Leaving Certificate Examination (including Day School Certificate (Higher) General paper), 1938
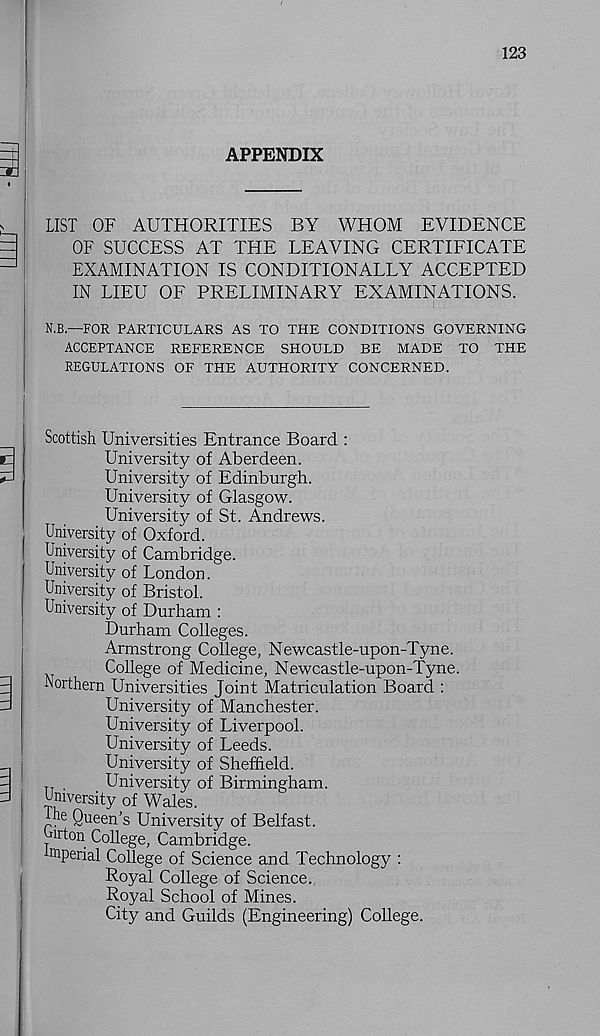
123
APPENDIX
LIST OF AUTHORITIES BY WHOM EVIDENCE
OF SUCCESS AT THE LEAVING CERTIFICATE
EXAMINATION IS CONDITIONALLY ACCEPTED
IN LIEU OF PRELIMINARY EXAMINATIONS.
N.B.—FOR PARTICULARS AS TO THE CONDITIONS GOVERNING
ACCEPTANCE REFERENCE SHOULD BE MADE TO THE
REGULATIONS OF THE AUTHORITY CONCERNED.
Scottish Universities Entrance Board :
University of Aberdeen.
University of Edinburgh.
University of Glasgow.
University of St. Andrews.
University of Oxford.
University of Cambridge.
University of London.
University of Bristol.
University of Durham :
Durham Colleges.
Armstrong College, Newcastle-upon-Tyne.
College of Medicine, Newcastle-upon-Tyne.
Northern Universities Joint Matriculation Board :
University of Manchester.
University of Liverpool.
University of Leeds.
University of Sheffield.
.
University of Birmingham.
University of Wales.
i. e Queen’s University of Belfast.
Uirton College, Cambridge,
roperial College of Science and Technology :
Royal College of Science.
Royal School of Mines.
City and Guilds (Engineering) College.